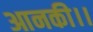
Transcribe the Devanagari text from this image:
आनकी।।